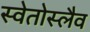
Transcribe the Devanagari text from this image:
स्वेतोस्लैव